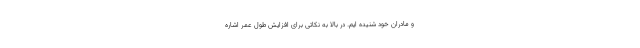
و مادران خود شنیده ایم. در بالا به نکاتی برای افزایش طول عمر اشاره